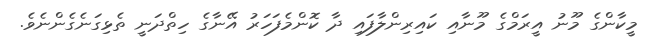
މީކާންގެ މޫނު އީރަމްގެ މޫނާއި ކައިރިންލާފައި ދާ ކޮންމެފަހަރު އޭނާގެ ހިތްދަނީ ތެޅިގަނެގެންނެވެ.